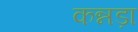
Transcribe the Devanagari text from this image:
कन्नड़ा